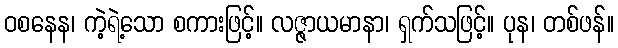
ဝစနေန၊ ကဲ့ရဲ့သော စကားဖြင့်။ လဇ္ဇာယမာနာ၊ ရှက်သဖြင့်။ ပုန၊ တစ်ဖန်။